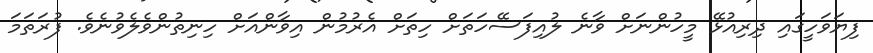
ފިޔަވަހީގައި ދިރިއުޅޭ މީހުންނަށް ވާނެ ލުއިފަސޭހަަތަށް ހިތަށް އެރުމުން އިވާންއަށް ހިނިތުންވެލެވުނެވެ. ފުރަތަަމަ